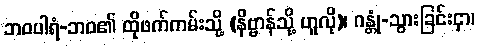
ဘဝပါရံ-ဘဝ၏ ထိုဖက်ကမ်းသို့ (နိဗ္ဗာန်သို့ ဟူလို)၊ ဂန္တုံ-သွားခြင်းငှာ၊